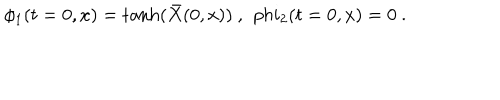
LaTeX: \phi _ { 1 } ( t = 0 , x ) = \tanh ( { \bar { X } } ( 0 , x ) ) \ , \ \, p h i _ { 2 } ( t = 0 , x ) = 0 \ .